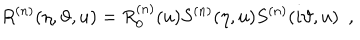
R ^ { ( n ) } ( \eta , \vartheta , u ) = R _ { 0 } ^ { ( n ) } ( u ) S ^ { ( n ) } ( \eta , u ) S ^ { ( n ) } ( i \vartheta , u ) \, \, \, ,